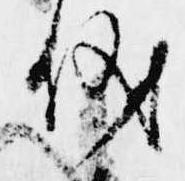
儀